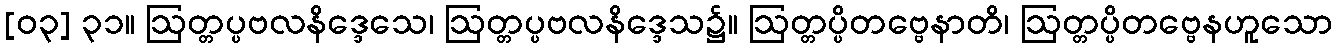
[၀၃] ၃၁။ ဩတ္တပ္ပဗလနိဒ္ဒေသေ၊ ဩတ္တပ္ပဗလနိဒ္ဒေသ၌။ ဩတ္တပ္ပိတဗ္ဗေနာတိ၊ ဩတ္တပ္ပိတဗ္ဗေနဟူသော